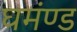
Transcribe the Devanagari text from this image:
घमंण्ड